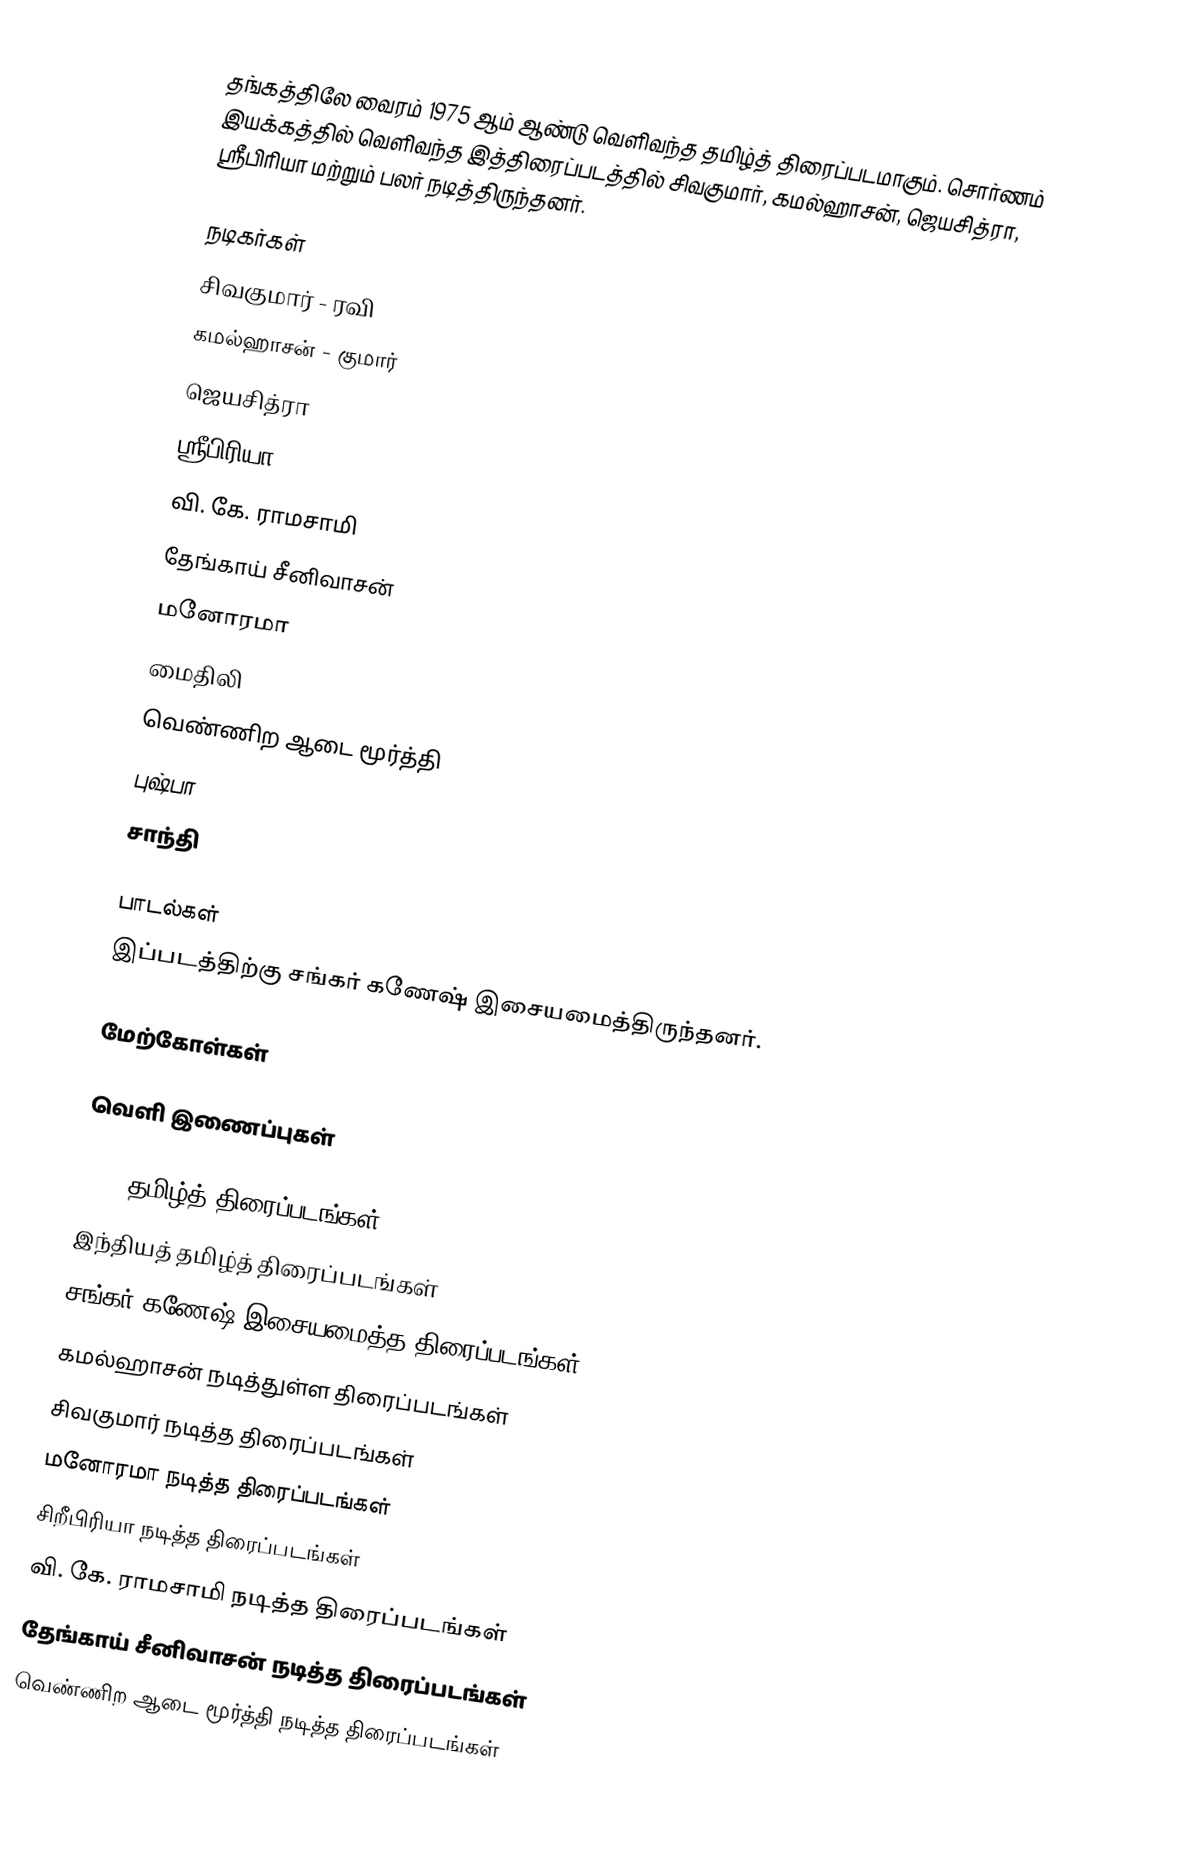
தங்கத்திலே வைரம் 1975 ஆம் ஆண்டு வெளிவந்த தமிழ்த் திரைப்படமாகும். சொர்ணம் இயக்கத்தில் வெளிவந்த இத்திரைப்படத்தில் சிவகுமார், கமல்ஹாசன், ஜெயசித்ரா, ஸ்ரீபிரியா மற்றும் பலர் நடித்திருந்தனர்.

நடிகர்கள்
 சிவகுமார் - ரவி
 கமல்ஹாசன் - குமார்
 ஜெயசித்ரா
 ஸ்ரீபிரியா
 வி. கே. ராமசாமி
 தேங்காய் சீனிவாசன்
 மனோரமா
 மைதிலி
 வெண்ணிற ஆடை மூர்த்தி
 புஷ்பா
 சாந்தி

பாடல்கள்
இப்படத்திற்கு சங்கர் கணேஷ் இசையமைத்திருந்தனர்.

மேற்கோள்கள்

வெளி இணைப்புகள்

1975 தமிழ்த் திரைப்படங்கள்
இந்தியத் தமிழ்த் திரைப்படங்கள்
சங்கர் கணேஷ் இசையமைத்த திரைப்படங்கள்
கமல்ஹாசன் நடித்துள்ள திரைப்படங்கள்
சிவகுமார் நடித்த திரைப்படங்கள்
மனோரமா நடித்த திரைப்படங்கள்
சிறீபிரியா நடித்த திரைப்படங்கள்
வி. கே. ராமசாமி நடித்த திரைப்படங்கள்
தேங்காய் சீனிவாசன் நடித்த திரைப்படங்கள்
வெண்ணிற ஆடை மூர்த்தி நடித்த திரைப்படங்கள்